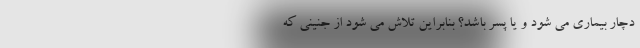
دچار بیماری می شود و یا پسر باشد؟ بنابراین تلاش می شود از جنینی که